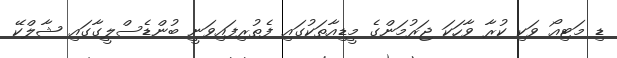
ޑި މަޓިއޯ ވަކި ކުރާ ވާހަކަ ޖަރުމަންގެ މީޑިއާތަކުގައި ފެތުރިފައިވަނީ ބުންޑެސްލީގާގައި ޝާލްކޭ